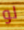
لو